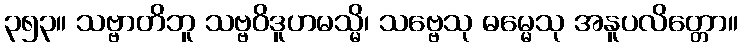
၃၅၃။ သဗ္ဗာတိဘူ သဗ္ဗဝိဒူဟမသ္မိ၊ သဗ္ဗေသု ဓမ္မေသု အနူပလိတ္တော။